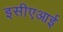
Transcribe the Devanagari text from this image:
इसीएआई